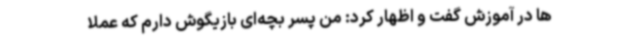
‌ها در آموزش گفت و اظهار کرد: من پسر بچه‌ای بازیگوش دارم که عملاً